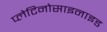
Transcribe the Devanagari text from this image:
प्लेटिनोसाइनाइड